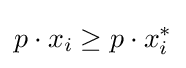
p\cdot x_{i}\geq p\cdot x_{i}^{*}